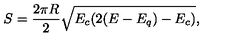
S = \frac { 2 \pi R } { 2 } \sqrt { E _ { c } ( 2 ( E - E _ { q } ) - E _ { c } ) } ,